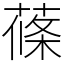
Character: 蓧